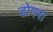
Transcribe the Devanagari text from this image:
डोगपा